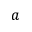
a